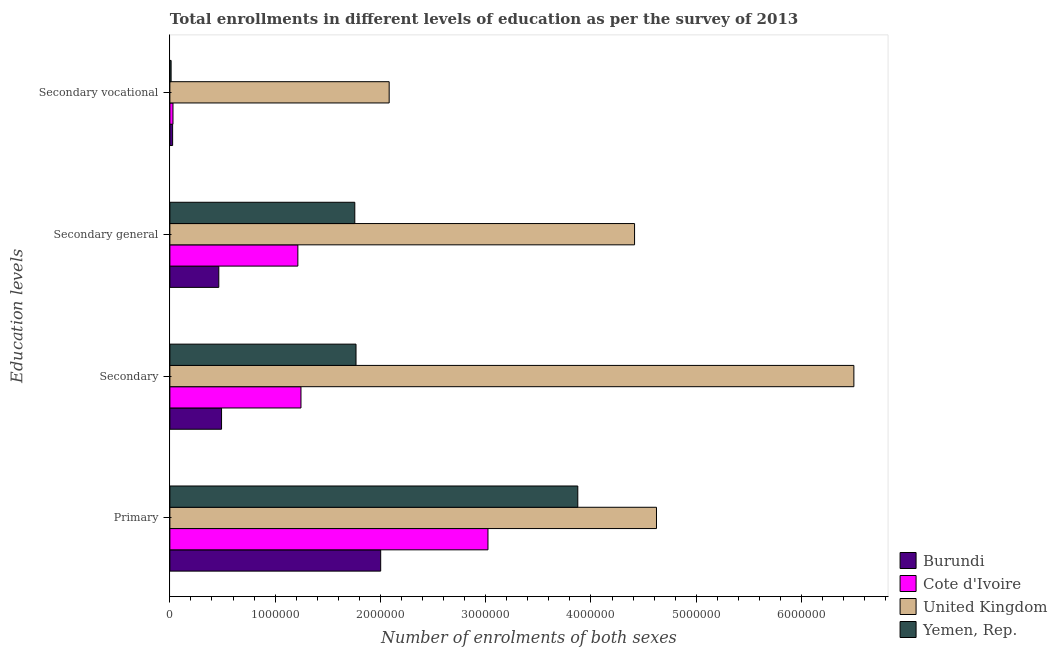
| Education levels | Burundi | Cote d'Ivoire | United Kingdom | Yemen, Rep. |
 | --- | --- | --- | --- | --- |
 | Primary | 2e+06 | 3.02e+06 | 4.62e+06 | 3.87e+06 |
 | Secondary | 4.91e+05 | 1.25e+06 | 6.5e+06 | 1.77e+06 |
 | Secondary general | 4.65e+05 | 1.22e+06 | 4.41e+06 | 1.76e+06 |
 | Secondary vocational | 2.61e+04 | 2.96e+04 | 2.08e+06 | 1.17e+04 |